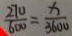
\frac { 2 7 0 } { 6 0 0 } = \frac { x } { 3 6 0 0 }